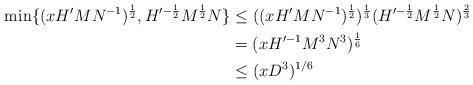
LaTeX: \begin{align*}\min\{(x H' M N^{-1})^{\frac{1}{2}}, H'^{-\frac{1}{2}} M^{\frac{1}{2}} N\}& \le ((x H' M N^{-1})^{\frac{1}{2}})^{\frac{1}{3}}(H'^{-\frac{1}{2}} M^{\frac{1}{2}} N)^{\frac{2}{3}}\\& = (x H'^{-1} M^3 N^3)^{\frac{1}{6}}\\& \le (x D^3)^{1/6}\end{align*}